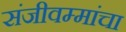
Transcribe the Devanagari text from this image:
संजीवम्मांचा